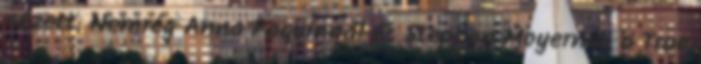
nézett. Nemrég Anna Paquinnál és Stephen Moyernél, a True